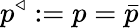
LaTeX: p^{\triangleleft}:=p=\bar{p}